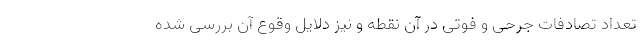
تعداد تصادفات جرحی و فوتی در آن نقطه و نیز دلایل وقوع آن بررسی شده